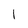
Character: l